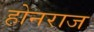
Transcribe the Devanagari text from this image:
होनराज